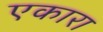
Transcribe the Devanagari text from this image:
एकारा